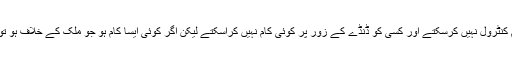
انہوں نے کہا کہ سوشل میڈیا کو ہم کنٹرول نہیں کرسکتے اور کسی کو ڈنڈے کے زور پر کوئی کام نہیں کراسکتے لیکن اگر کوئی ایسا کام ہو جو ملک کے خلاف ہو تو اسے نظر انداز نہیں کیا جائے گا۔